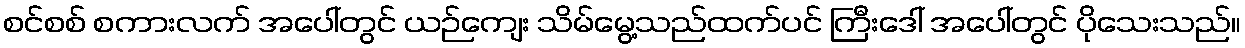
စင်စစ် စကားလက် အပေါ်တွင် ယဉ်ကျေး သိမ်မွေ့သည်ထက်ပင် ကြီးဒေါ် အပေါ်တွင် ပိုသေးသည်။